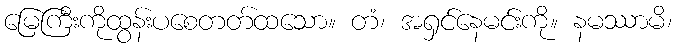
မြေကြီးကိုထွန်းပစေတတ်ထသော။ တံ၊ အရှင်နေမင်းကို။ နမဿာမိ၊